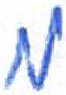
אות: מ